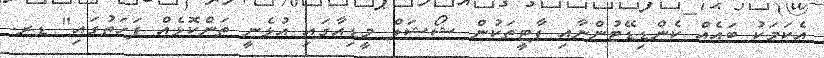
އެކަމަކު ބައެއް ކެންޑިޑޭޓުންނާއި ޕާޓީތަކުން ޝޯޝަލް މީޑިއާގައި އުޅެނީ ތަންކޮޅެއް ފަހަތުގައި" ޑރ.